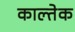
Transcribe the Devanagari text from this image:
काल्तेक